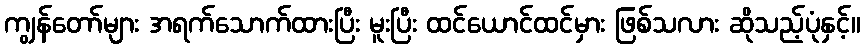
ကျွန်တော်များ အရက်သောက်ထားပြီး မူးပြီး ထင်ယောင်ထင်မှား ဖြစ်သလား ဆိုသည့်ပုံနှင့်။